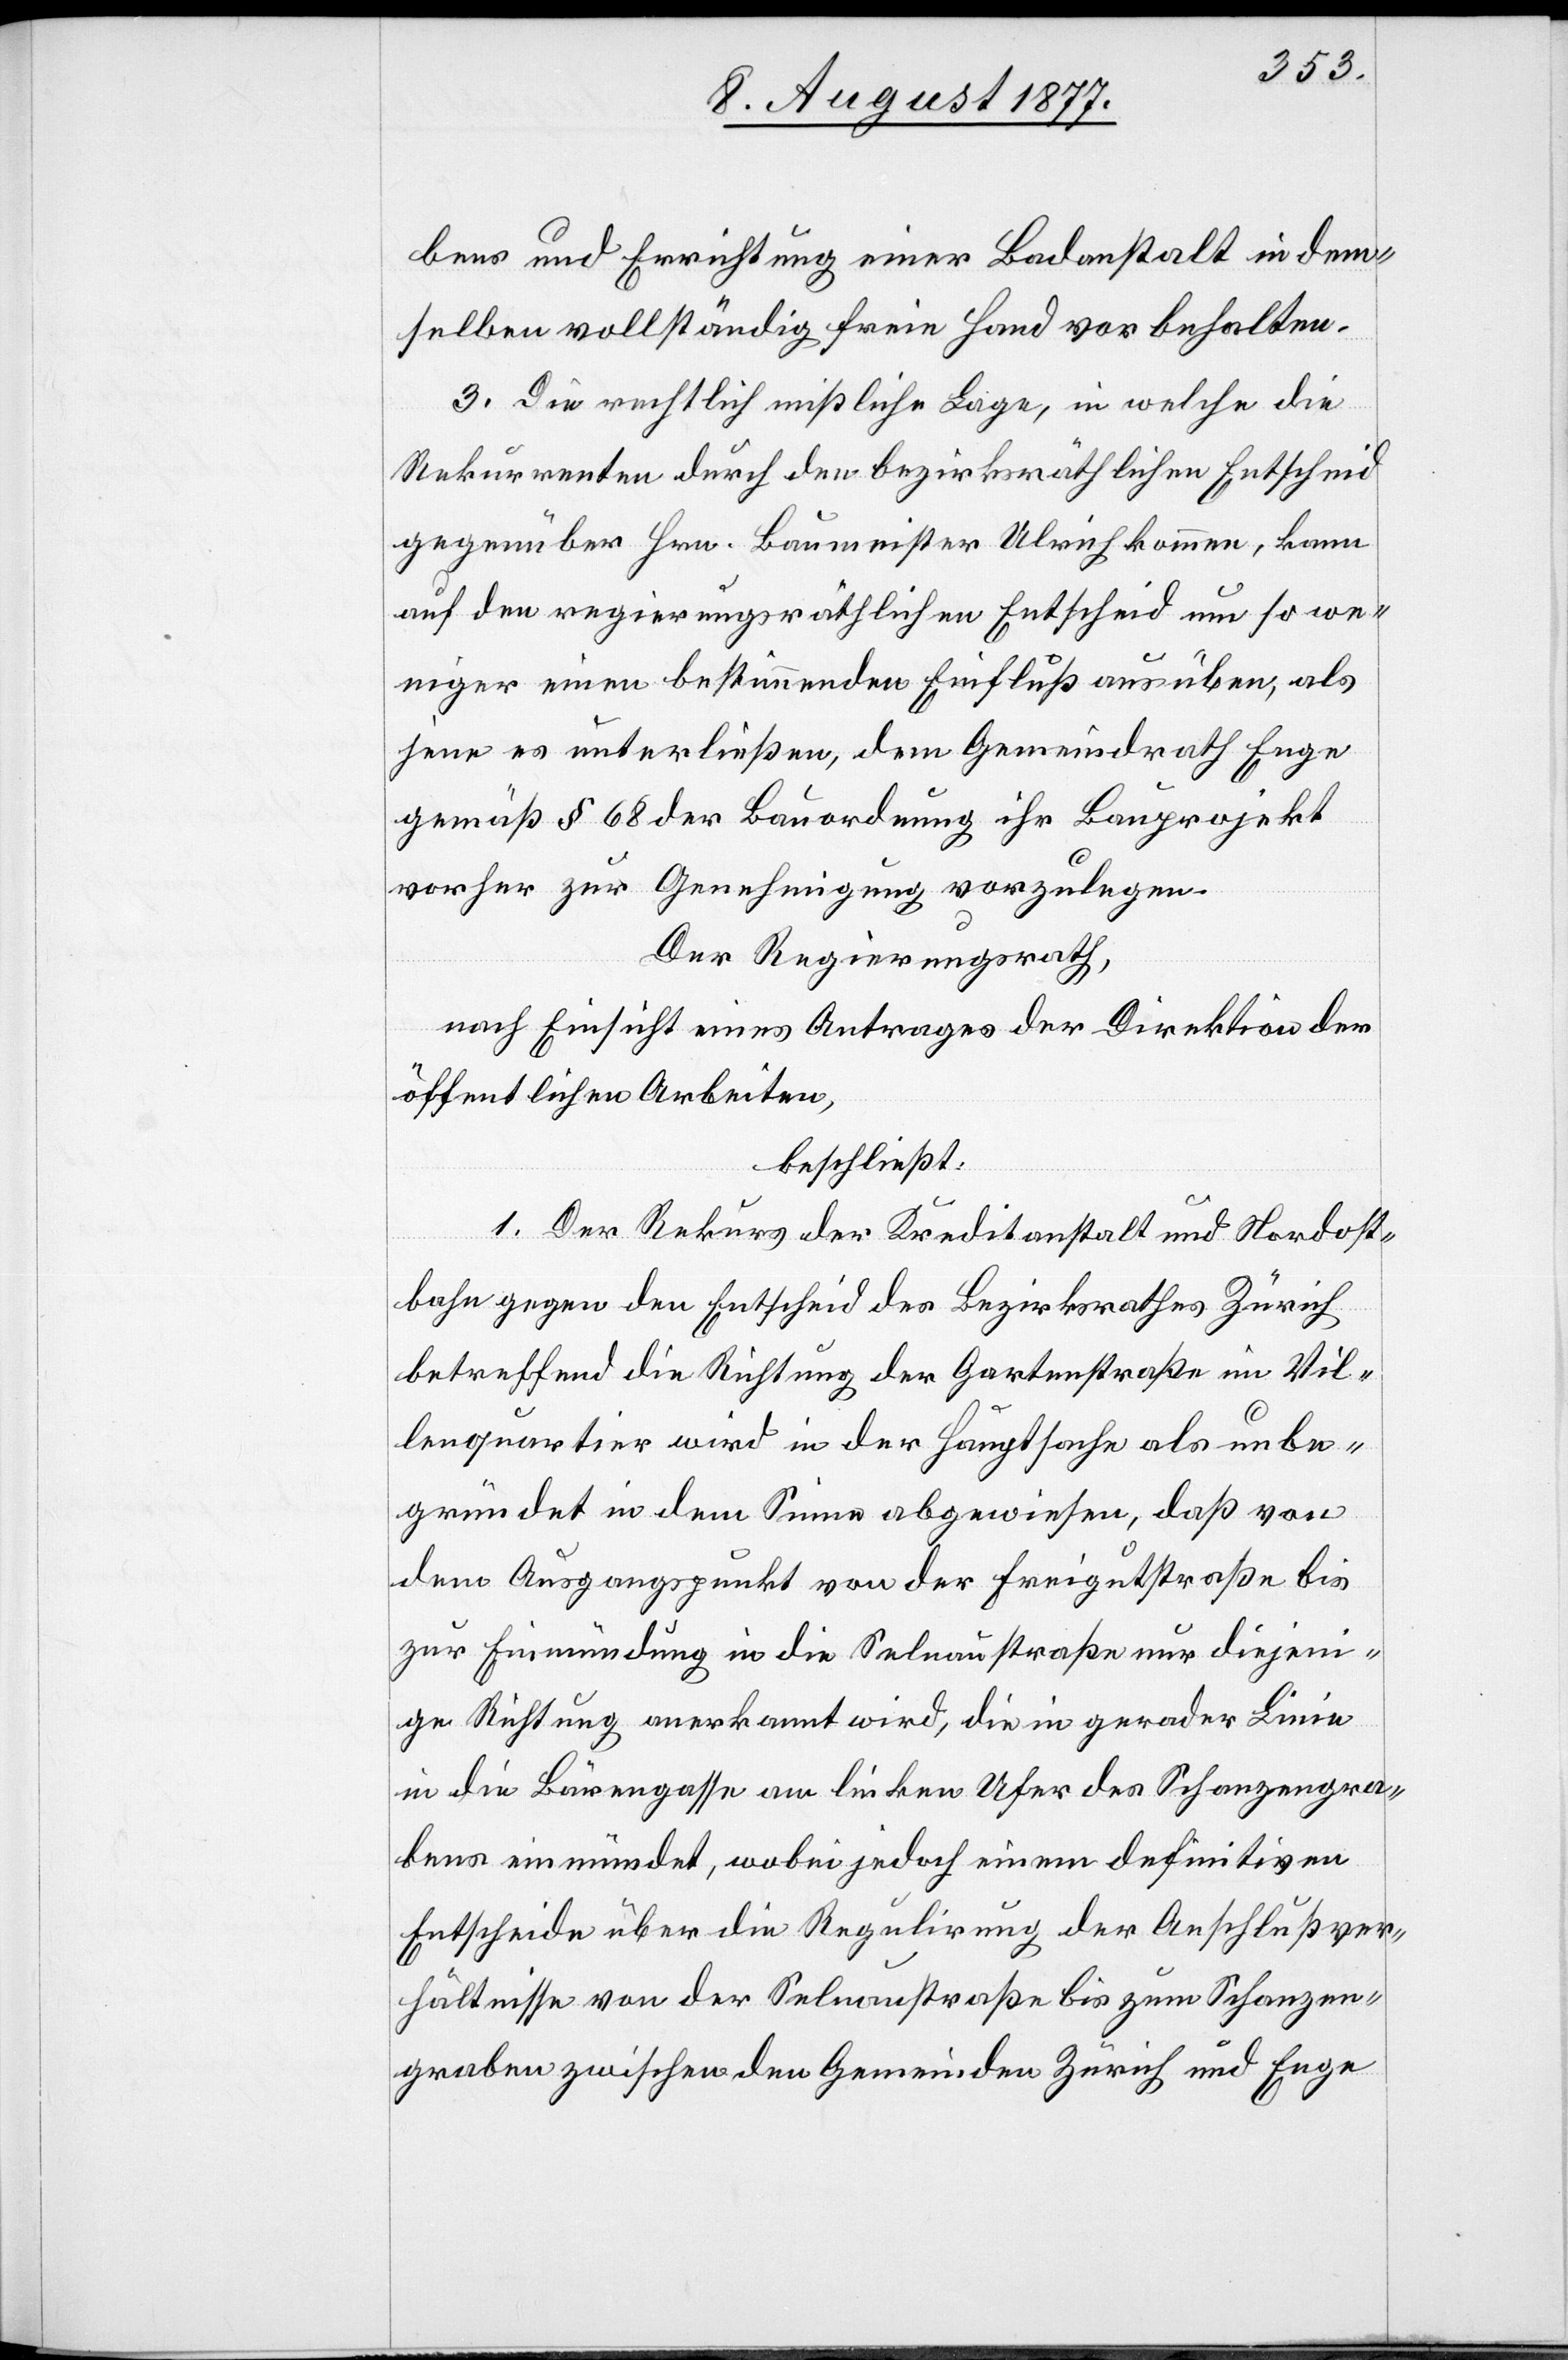
bens und Errichtung einer Badanstalt in dem¬
selben vollständig freie Hand vorbehalten.
3. Die rechtlich mißliche Lage, in welche die
Rekurrenten durch den bezirksräthlichen Entscheid
gegenüber Hrn. Baumeister Ulrich kommen, kann
auf den regierungsräthlichen Entscheid um so we¬
niger einen bestimmenden Einfluß ausüben, als
jene es unterließen, dem Gemeindrath Enge
gemäß § 68 der Bauordnung ihr Bauprojekt
1.
vorher zur Genehmigung vorzulegen.
Der Regierungsrath,
nach Einsicht eines Antrages der Direktion der
öffentlichen Arbeiten,
beschließt:
I.] Der Rekurs der Kreditanstalt und Nordost¬
bahn gegen den Entscheid des Bezirksrathes Zürich
betreffend die Richtung der Gartenstraße im Vil¬
lenquartier wird in der Hauptsache als unbe¬
gründet in dem Sinne abgewiesen, daß von
dem Ausgangspunkt von der Freigutstraße bis
zur Einmündung in die Selnaustraße nur diejeni¬
ge Richtung anerkannt wird, die in gerader Linie
in die Bärengasse am linken Ufer des Schanzengra¬
bens einmündet, wobei jedoch einem definitiven
Entscheide über die Regulirung der Anschlußver¬
hältnisse von der Selnaustraße bis zum Schanzen¬
graben zwischen den Gemeinden Zürich und Enge